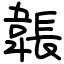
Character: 韔